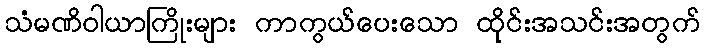
သံမဏိဝါယာကြိုးများ ကာကွယ်ပေးသော ထိုင်းအသင်းအတွက်